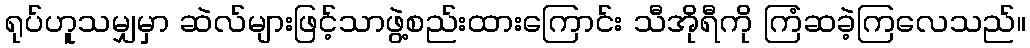
ရုပ်ဟူသမျှမှာ ဆဲလ်များဖြင့်သာဖွဲ့စည်းထားကြောင်း သီအိုရီကို ကြံဆခဲ့ကြလေသည်။